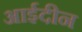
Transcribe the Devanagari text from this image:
आईदीन